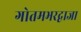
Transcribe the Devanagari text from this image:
गोतमभरद्वाजा